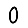
Digit: 0